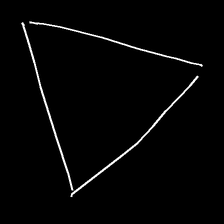
Glyph: convergence